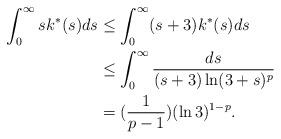
LaTeX: \begin{align*}\int_0^\infty sk^*(s)ds&\le \int_0^\infty (s+3) k^*(s)ds\\&\le\int_0^\infty\frac{ds}{(s+3)\ln(3+s)^p}\\&=(\frac{1}{p-1})(\ln 3)^{1-p}.\end{align*}